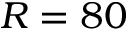
R = 8 0